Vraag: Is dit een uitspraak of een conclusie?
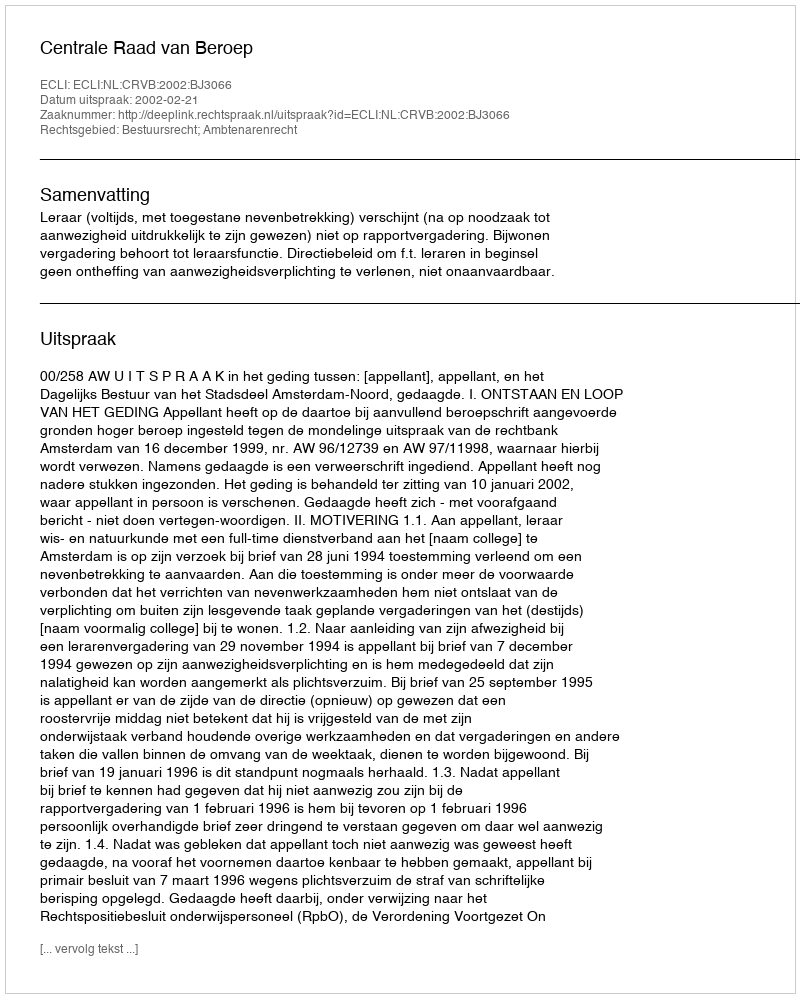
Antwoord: Uitspraak